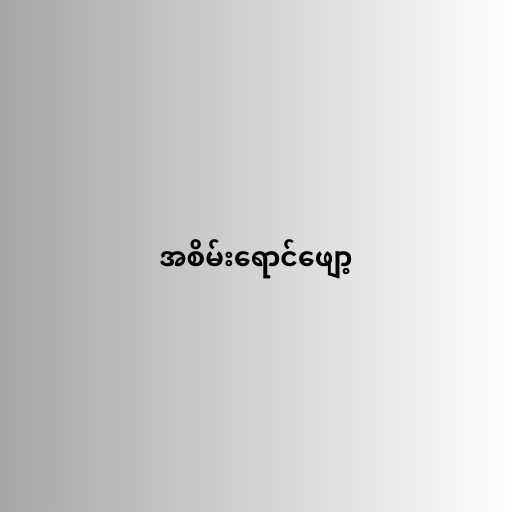
အစိမ်းရောင်ဖျော့